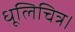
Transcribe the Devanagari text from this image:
धूलिचित्र।